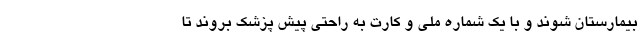
بیمارستان شوند و با یک شماره ملی و کارت به راحتی پیش پزشک بروند تا